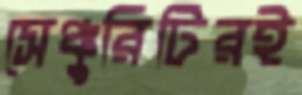
সেঞ্চুরিটিরই